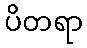
ပိတရာ